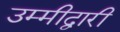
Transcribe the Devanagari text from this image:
उम्मीद्वारी